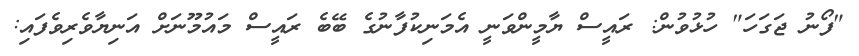
"ފޯނު ޖަގަހަ" ހުޅުވުން: ރައީސް ޔާމީންވަނީ އެމަނިކުފާނުގެ ބޭބެ ރައީސް މައުމޫނަށް އަނިޔާވެރިވެފައި: